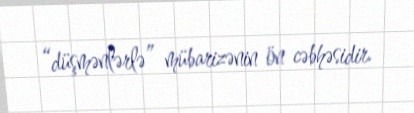
“düşmənlərlə” mübarizənin ön cəbhəsidir.